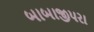
બાબાજીપરા